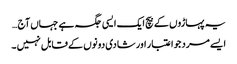
یہ پہاڑوں کے بیچ ایک ایسی جگہ ہے جہاں آج …
ایسے مرد جو اعتبار اور شادی دونوں کے قابل نہیں ۔